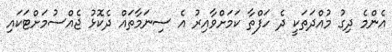
އެންމެ ދިގު މުއްދަތަކީ ދެ ހަފްތާ ކަމަށްވާއިރު އެ ސިނަމާތައް ދެކޮޅު ޖެއްސުމަށްޓަކައި